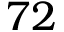
7 2